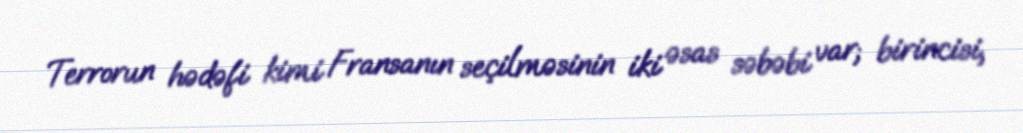
Terrorun hədəfi kimi Fransanın seçilməsinin iki əsas səbəbi var; birincisi,